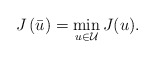
\begin{align*} J\left(\bar u\right) = \min_{u \in \mathcal U} J(u). \end{align*}